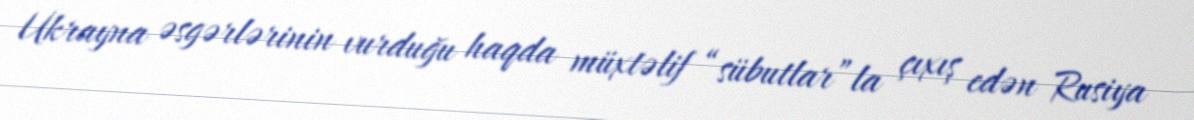
Ukrayna əsgərlərinin vurduğu haqda müxtəlif “sübutlar”la çıxış edən Rusiya